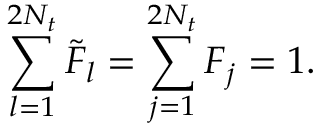
\sum _ { l = 1 } ^ { 2 N _ { t } } { { \tilde { F } } _ { l } } = \sum _ { j = 1 } ^ { 2 N _ { t } } { F _ { j } } = 1 .